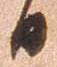
日